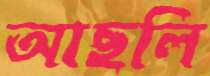
আছলি